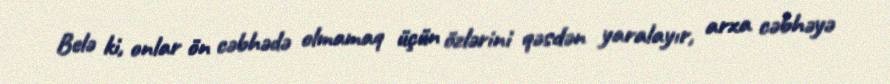
Belə ki, onlar ön cəbhədə olmamaq üçün özlərini qəsdən yaralayır, arxa cəbhəyə